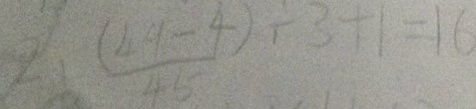
2 . \frac { ( 4 9 - 4 ) } { 4 5 } \div 3 + 1 = 1 6